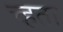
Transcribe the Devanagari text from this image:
च्हता